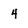
Character: 4